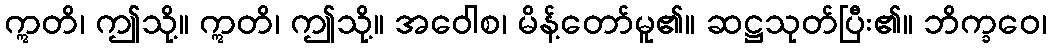
ဣတိ၊ ဤသို့။ ဣတိ၊ ဤသို့။ အဝေါစ၊ မိန့်တော်မူ၏။ ဆဋ္ဌသုတ်ပြီး၏။ ဘိက္ခဝေ၊